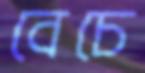
বেচে